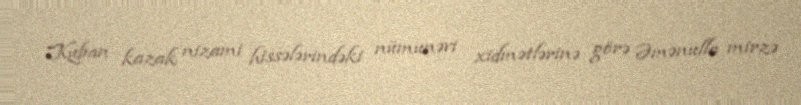
Kuban kazak nizami hissələrindəki nümunəvi xidmətlərinə görə Əmənulla mirzə